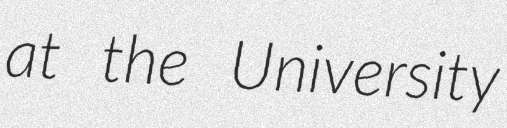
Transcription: at the University